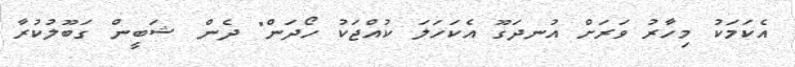
އެކަމަކު މިހާރު ވަރަށް އުނދަގޫ އެކަހަލަ ކުއްޖަކު ހޯދަން" ދެން ޝަބީން ގަބޫލުކުރާ